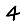
Digit: 4